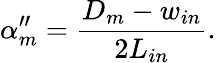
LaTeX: \alpha_{m}^{\prime\prime}=\frac{D_{m}-w_{in}}{2L_{in}}.